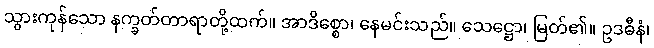
သွားကုန်သော နက္ခတ်တာရာတို့ထက်။ အာဒိစ္စော၊ နေမင်းသည်။ သေဋ္ဌော၊ မြတ်၏။ ဥဒဓီနံ၊